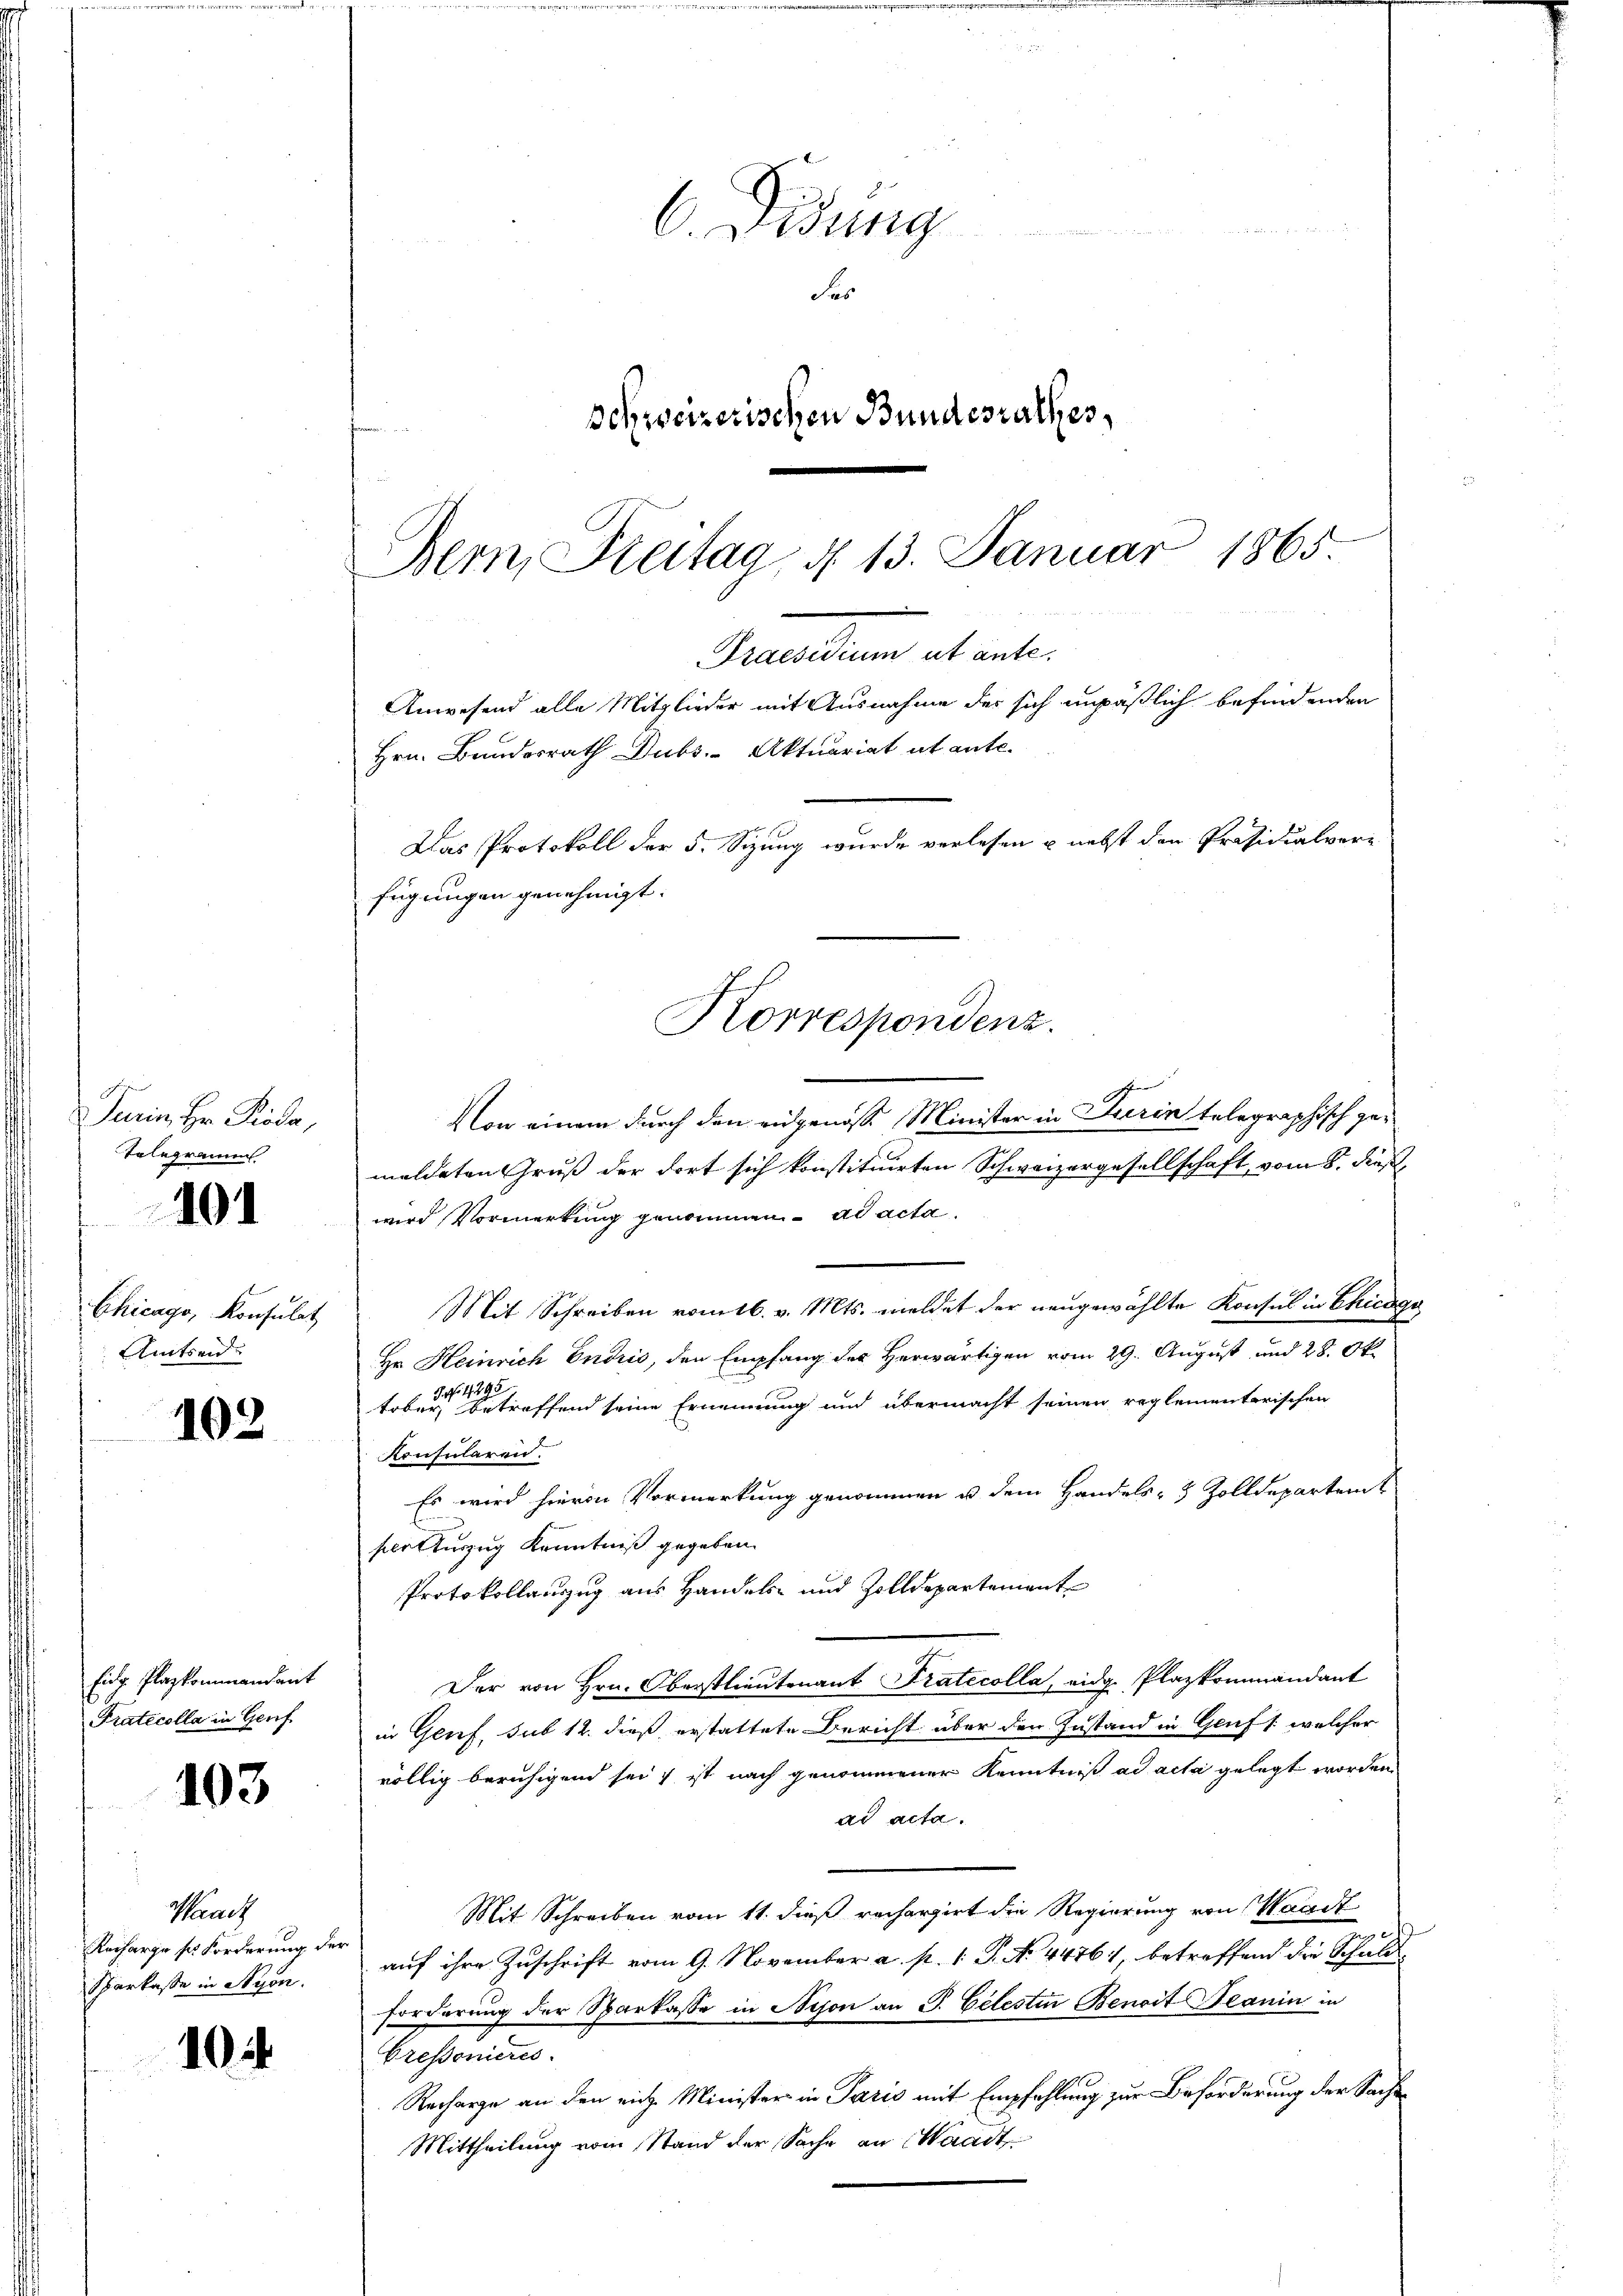
Turin, Hr. Pioda,
Tolegramm

101

Chicago, Konsulat
Amtseid.

102

Eidg. Plazkommandant
Pratecolla in Genf

103

Prach
Recharge ses Forderung der
Sparkasse in Styon.

104

6. Didung
a
Fer
schweizerischen Bundesrathes,

Bern, Steitag d. 13. Januar 1865.
Praesidium ut ante.
Anwesend alle Mitglieder mit Ausnahme des sich unpäßlich befindenden
Das Protokoll der 5. Sizung wurde verlesen u. nebst den Präsidialvor-
fügungen genehmigt.
Korrespondenz.

schen
Von einem durch den eidgenosse Minister in Turin telegraphisch gemeldeten Gruß der dort sich konstituirten Schweizergesellschaft, vom 8. dieß
wird Vormerkung genommen. ad acta.
Mit Schreiben vom 16. v. Mts. meldet der neugewählte Konsul in Chicago
Hr. Heinrich Endris, den Empfang des Herwärtigen vom 29. August und 28. Ok-
6493
J.
tober, betreffend seine Ernennung und übermacht seinen reglementerischen
Konsularen.
Es wird hievon Vormerkung genommen u. dem Handels- & Zolldepartem
scotturzug Kenntniß gegeben.
Protokollanzug aus Handels- und Zolldepartement
Der von Hrn. Oberstlieutenant Pratecolla, eidg. Plazkommandant
in Genf, sub 12. dieß erstattete Bericht über den Zustand in Genf /: welcher
völlig beruhigend sei, ist nach genommener Kenntniß ad acta gelegt worden
dd acta.
Mit Schreiben vom 11. dieß rechargirt die Regierung von Waadt
auf ihre Zuschrift vom 9. November a. p. 1. P. No. 44761, betreffend die Schuldforderung der Sparkasse in Aison an P. Celesten Benoit Beanin in
Eresseneres
Recharge an den eich Minister in Paris mit Empfehlung zur Beförderung der Sache
Mittheilung vom Stand der Sache an Waadt

Hrn. Bundesrath Dubs Aktuariat ab ante.